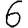
Digit: 6